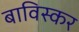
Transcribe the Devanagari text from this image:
बाविस्कर